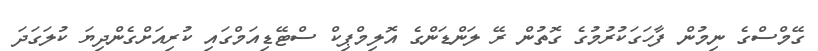
ގޭމްސްގެ ނިމުން ފާހަގަކުރުމުގެ ގޮތުން ރޭ ލަންޑަންގެ އޮލިމްޕިކް ސްޓޭޑިއަމްގައި ކުރިއަށްގެންދިޔަ ކުލަގަދަ